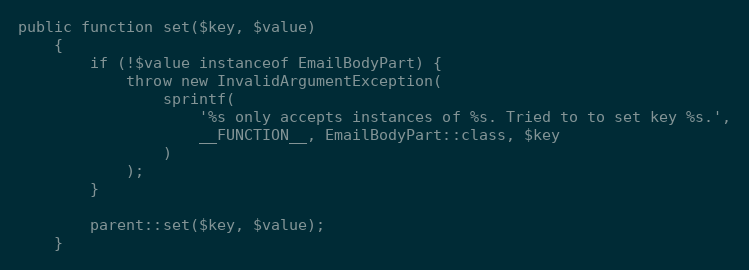
Language: PHP
public function set($key, $value)
    {
        if (!$value instanceof EmailBodyPart) {
            throw new InvalidArgumentException(
                sprintf(
                    '%s only accepts instances of %s. Tried to to set key %s.',
                    __FUNCTION__, EmailBodyPart::class, $key
                )
            );
        }

        parent::set($key, $value);
    }